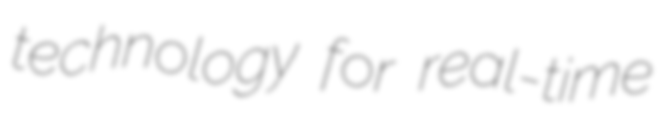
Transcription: technology for real-time